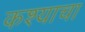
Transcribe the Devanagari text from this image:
कश्याचा